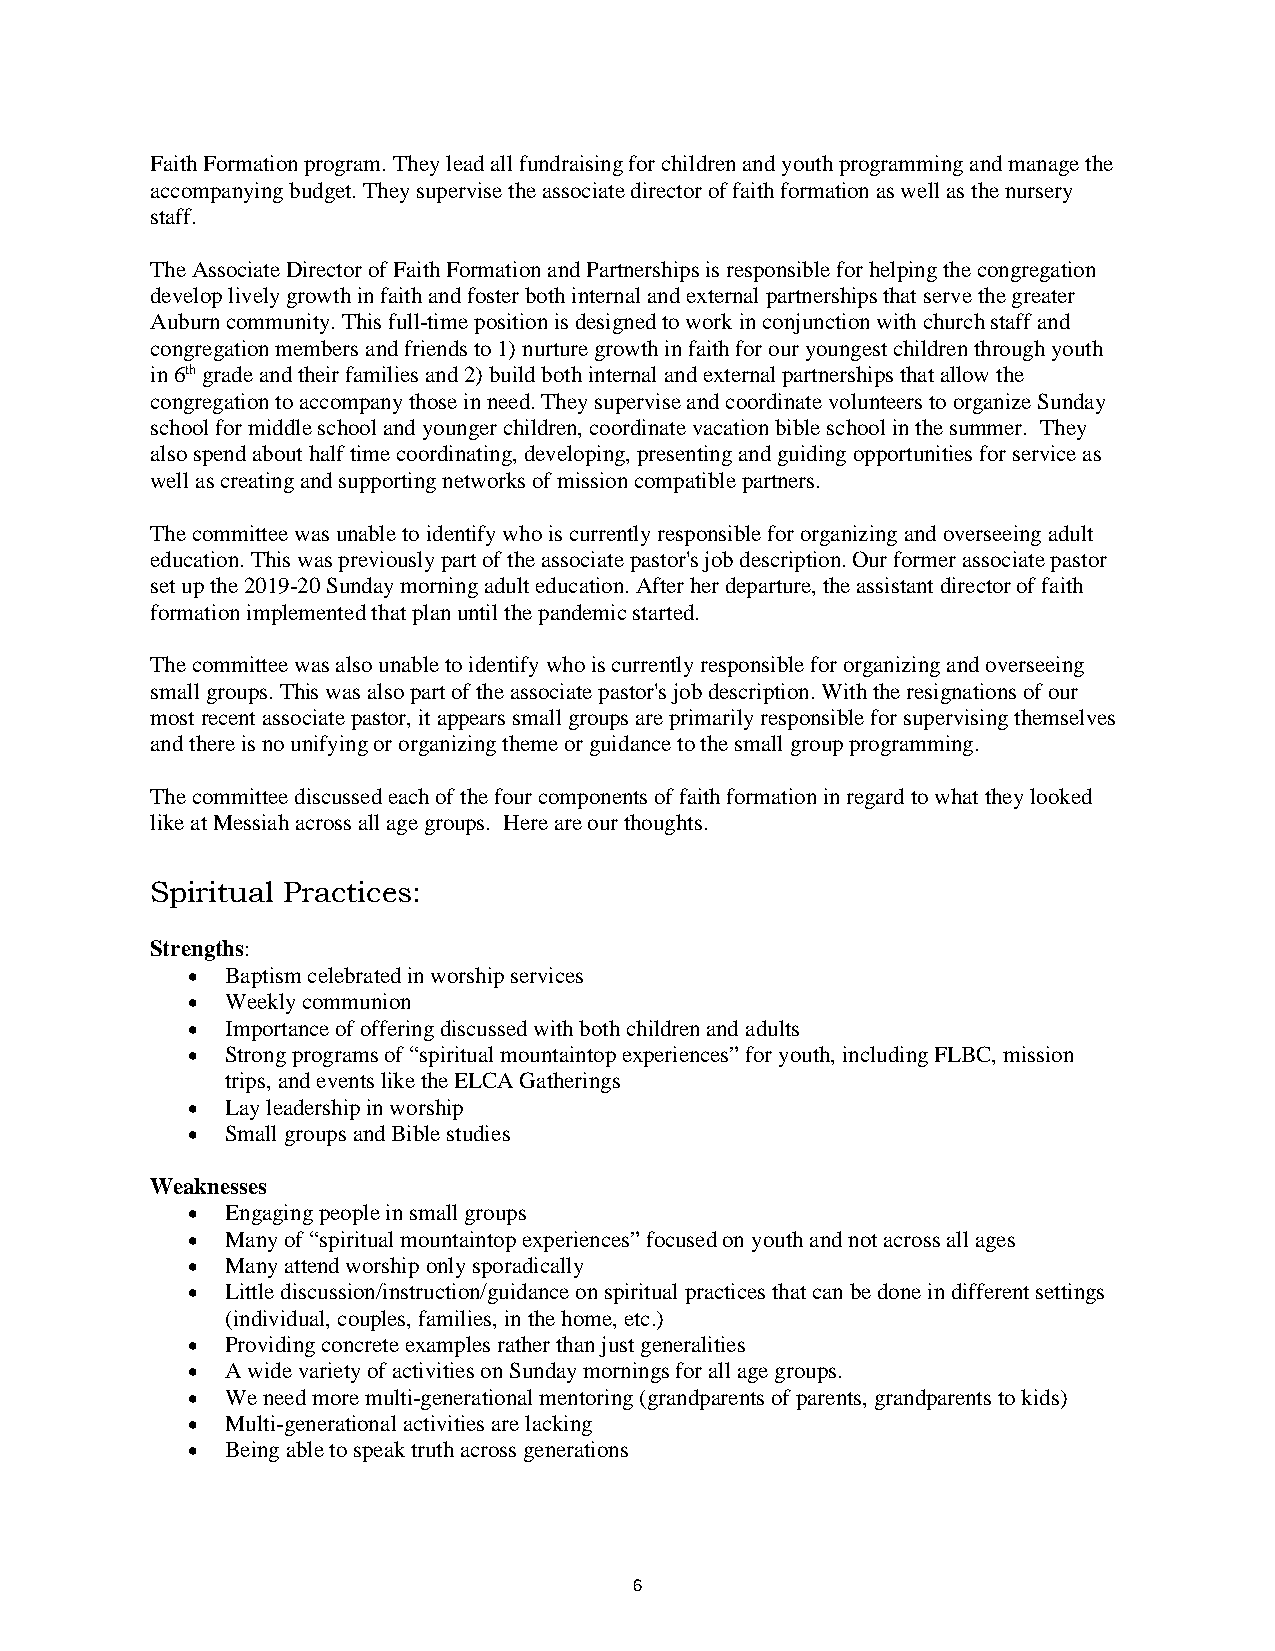
Faith Formation program. They lead all fundraising for children and youth programming and manage the
 accompanying budget. They supervise the associate director of faith formation as well as the nursery
 staff.
 The Associate Director of Faith Formation and Partnerships is responsible for helping the congregation
 develop lively growth in faith and foster both internal and external partnerships that serve the greater
 Auburn community. This full-time position is designed to work in conjunction with church staff and
 congregation members and friends to 1) nurture growth in faith for our youngest children through youth
 in 6th grade and their families and 2) build both internal and external partnerships that allow the
 congregation to accompany those in need. They supervise and coordinate volunteers to organize Sunday
 school for middle school and younger children, coordinate vacation bible school in the summer. They
 also spend about half time coordinating, developing, presenting and guiding opportunities for service as
 well as creating and supporting networks of mission compatible partners.
 The committee was unable to identify who is currently responsible for organizing and overseeing adult
 education. This was previously part of the associate pastor's job description. Our former associate pastor
 set up the 2019-20 Sunday morning adult education. After her departure, the assistant director of faith
 formation implemented that plan until the pandemic started.
 The committee was also unable to identify who is currently responsible for organizing and overseeing
 small groups. This was also part of the associate pastor's job description. With the resignations of our
 most recent associate pastor, it appears small groups are primarily responsible for supervising themselves
 and there is no unifying or organizing theme or guidance to the small group programming.
 The committee discussed each of the four components of faith formation in regard to what they looked
 like at Messiah across all age groups. Here are our thoughts.
 Spiritual Practices:
 Strengths:
 •  Baptism celebrated in worship services
 •  Weekly communion
 •  Importance of offering discussed with both children and adults
 •  Strong programs of “spiritual mountaintop experiences” for youth, including FLBC, mission
 trips, and events like the ELCA Gatherings
 •  Lay leadership in worship
 •  Small groups and Bible studies
 Weaknesses
 •  Engaging people in small groups
 •  Many of “spiritual mountaintop experiences” focused on youth and not across all ages
 •  Many attend worship only sporadically
 •  Little discussion/instruction/guidance on spiritual practices that can be done in different settings
 (individual, couples, families, in the home, etc.)
 •  Providing concrete examples rather than just generalities
 •  A wide variety of activities on Sunday mornings for all age groups.
 •  We need more multi-generational mentoring (grandparents of parents, grandparents to kids)
 •  Multi-generational activities are lacking
 •  Being able to speak truth across generations
 6